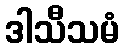
ဒါသီသမံ